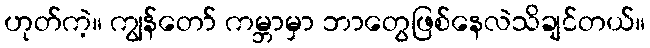
ဟုတ်ကဲ့။ ကျွန်တော် ကမ္ဘာမှာ ဘာတွေဖြစ်နေလဲသိချင်တယ်။